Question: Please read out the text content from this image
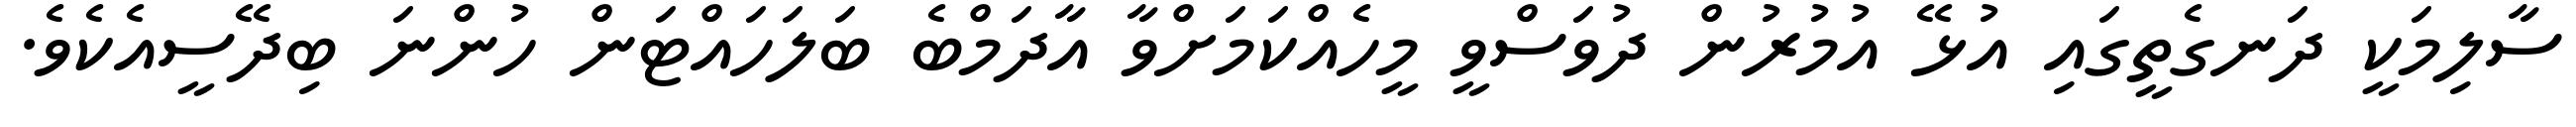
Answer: ސާލިމަކީ ދަނގެތީގައި އުޅޭ އުމުރުން ދުވަސްވީ މީހެއްކަމަށްވާ އާދަމްބެ ބަލަހައްޓަން ހުންނަ ބިދޭސީއެކެވެ.